Scottish Leaving Certificate Examination, 1952
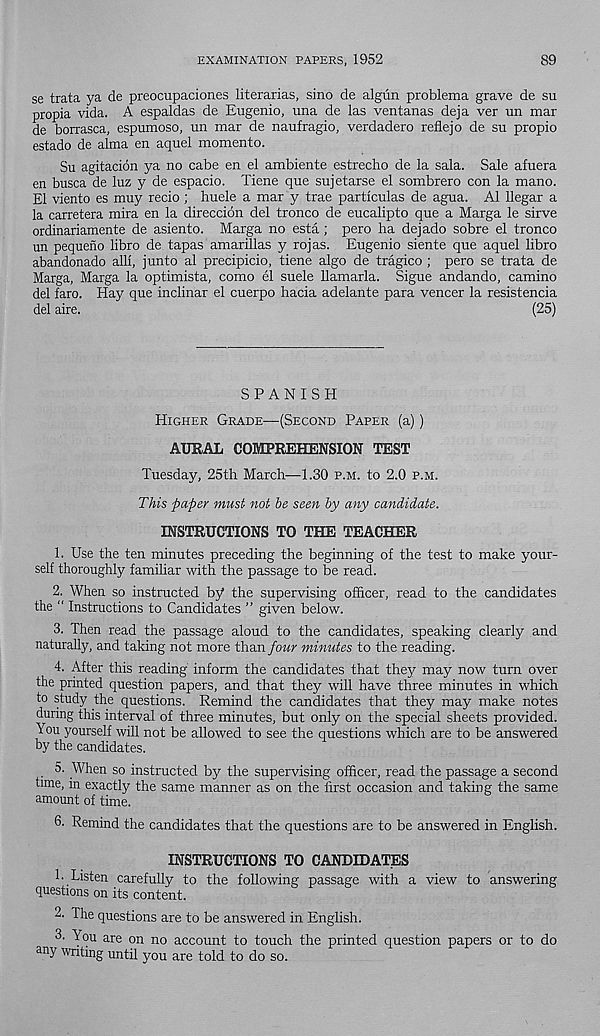
EXAMINATION PAPERS, 1952
89
se trata ya de preocupaciones literarias, sino de algun problema grave de su
propia vida. A espaldas de Eugenio, una de las ventanas deja ver un mar
de borrasca, espumoso, un mar de naufragio, verdadero refiejo de su propio
estado de alma en aquel momento.
Su agitacion ya no cabe en el ambiente estrecho de la sala. Sale afuera
en busca de luz y de espacio. Tiene que sujetarse el sombrero con la mano.
El viento es muy recio ; huele a mar y trae partlculas de agua. A1 llegar a
la carretera mira en la direccion del tronco de eucalipto que a Marga le sirve
ordinariamente de asiento. Marga no esta; pero ha dejado sobre el tronco
un pequeno libro de tapas amarillas y rojas. Eugenio siente que aquel libro
abandonado alii, junto al precipicio, tiene algo de tragico ; pero se trata de
Marga, Marga la optimista, como el suele llamarla. Sigue andando, camino
del faro. Hay que inclinar el cuerpo hacia adelante para veneer la resistencia
del aire.
(25)
SPANISH
Higher Grade-—-(Second Paper (a))
AURAL COMPREHENSION TEST
Tuesday, 25th March—1.30 p.m. to 2.0 p.m.
This paper must not be seen by any candidate.
INSTRUCTIONS TO THE TEACHER
1. Use the ten minutes preceding the beginning of the test to make your-
self thoroughly familiar with the passage to be read.
2. When so instructed by the supervising officer, read to the candidates
the “ Instructions to Candidates ” given below.
3. Then read the passage aloud to the candidates, speaking clearly and
naturally, and taking not more than four minutes to the reading.
4. After this reading inform the candidates that they may now turn over
the printed question papers, and that they will have three minutes in which
to study the questions. Remind the candidates that they may make notes
during this interval of three minutes, but only on the special sheets provided.
You yourself will not be allowed to see the questions which are to be answered
by the candidates.
5. When so instructed by the supervising officer, read the passage a second
time, in exactly the same manner as on the first occasion and taking the same
amount of time.
6. Remind the candidates that the questions are to be answered in English.
INSTRUCTIONS TO CANDIDATES
1- Listen carefully to the following passage with a view to answering
questions on its content.
2. The questions are to be answered in Enghsh.
3. You are on no account to touch the printed question papers or to do
any writing until you are told to do so.